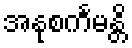
အနုစင်္ကမန္တိ